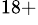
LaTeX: ^{18+}